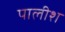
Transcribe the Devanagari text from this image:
पालीश